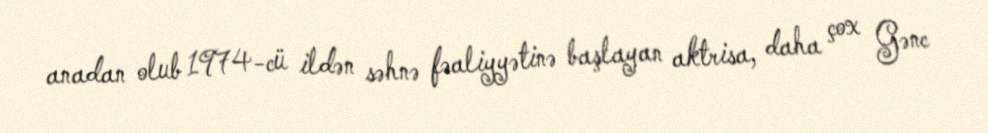
anadan olub 1974-cü ildən səhnə fəaliyyətinə başlayan aktrisa, daha çox Gənc